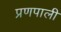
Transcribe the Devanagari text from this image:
प्रणपाली